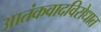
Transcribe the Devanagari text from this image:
आतंकवादविरोधात